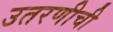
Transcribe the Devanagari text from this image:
उतरणीची